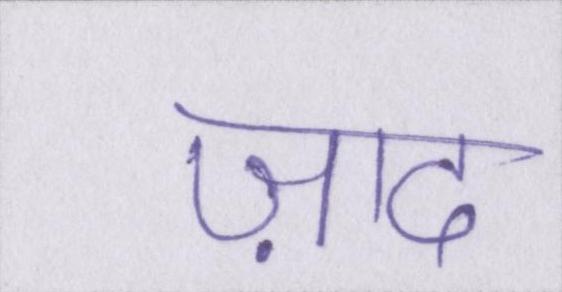
ज़ाद